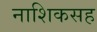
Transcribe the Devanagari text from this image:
नाशिकसह